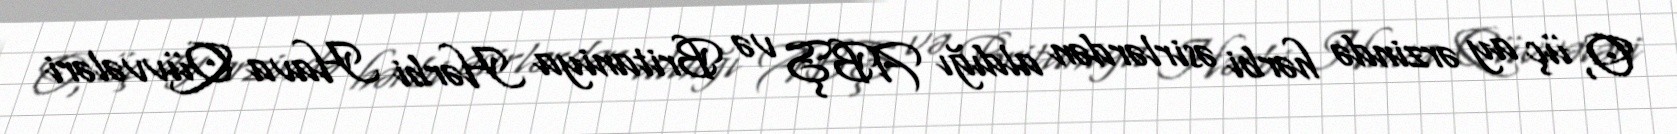
O, üç ay ərzində hərbi əsirlərdən aldığı ABŞ və Britaniya Hərbi Hava Qüvvələri